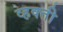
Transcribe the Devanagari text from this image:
व्हक्ती